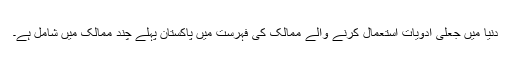
دنیا میں جعلی ادویات استعمال کرنے والے ممالک کی فہرست میں پاکستان پہلے چند ممالک میں شامل ہے۔